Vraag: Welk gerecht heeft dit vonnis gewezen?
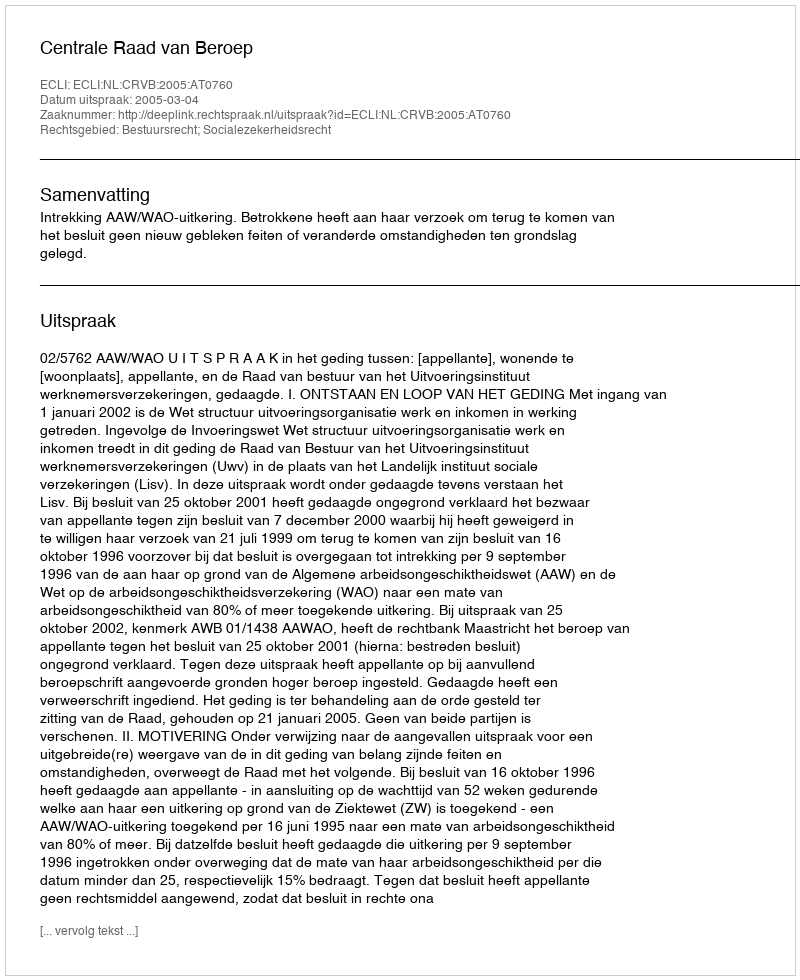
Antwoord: Centrale Raad van Beroep